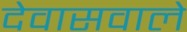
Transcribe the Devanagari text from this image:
देवासवाले